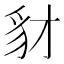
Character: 豺